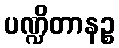
ပဏ္ဍိတာနဉ္စ